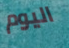
اليوم